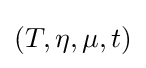
(T,\eta ,\mu ,t)